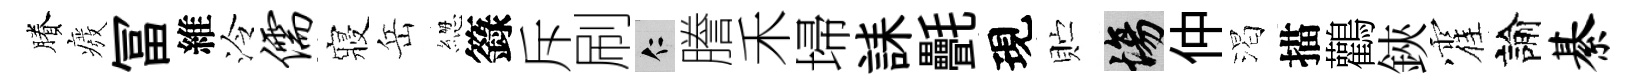
賸癈冨維泠儒寢岳緫籙斥刷仁謄禾埽誄㲲現贮場仲渴描鸛鋏霍諭綦